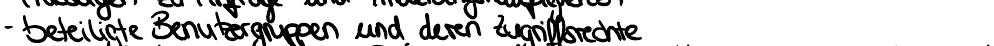
- beteiligte Benutzergruppen und deren Zugriffsrechte